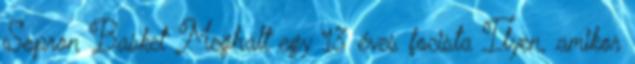
Sopron Basket Meghalt egy 13 éves focista Ilyen, amikor